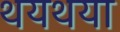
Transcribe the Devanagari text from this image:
थयथया